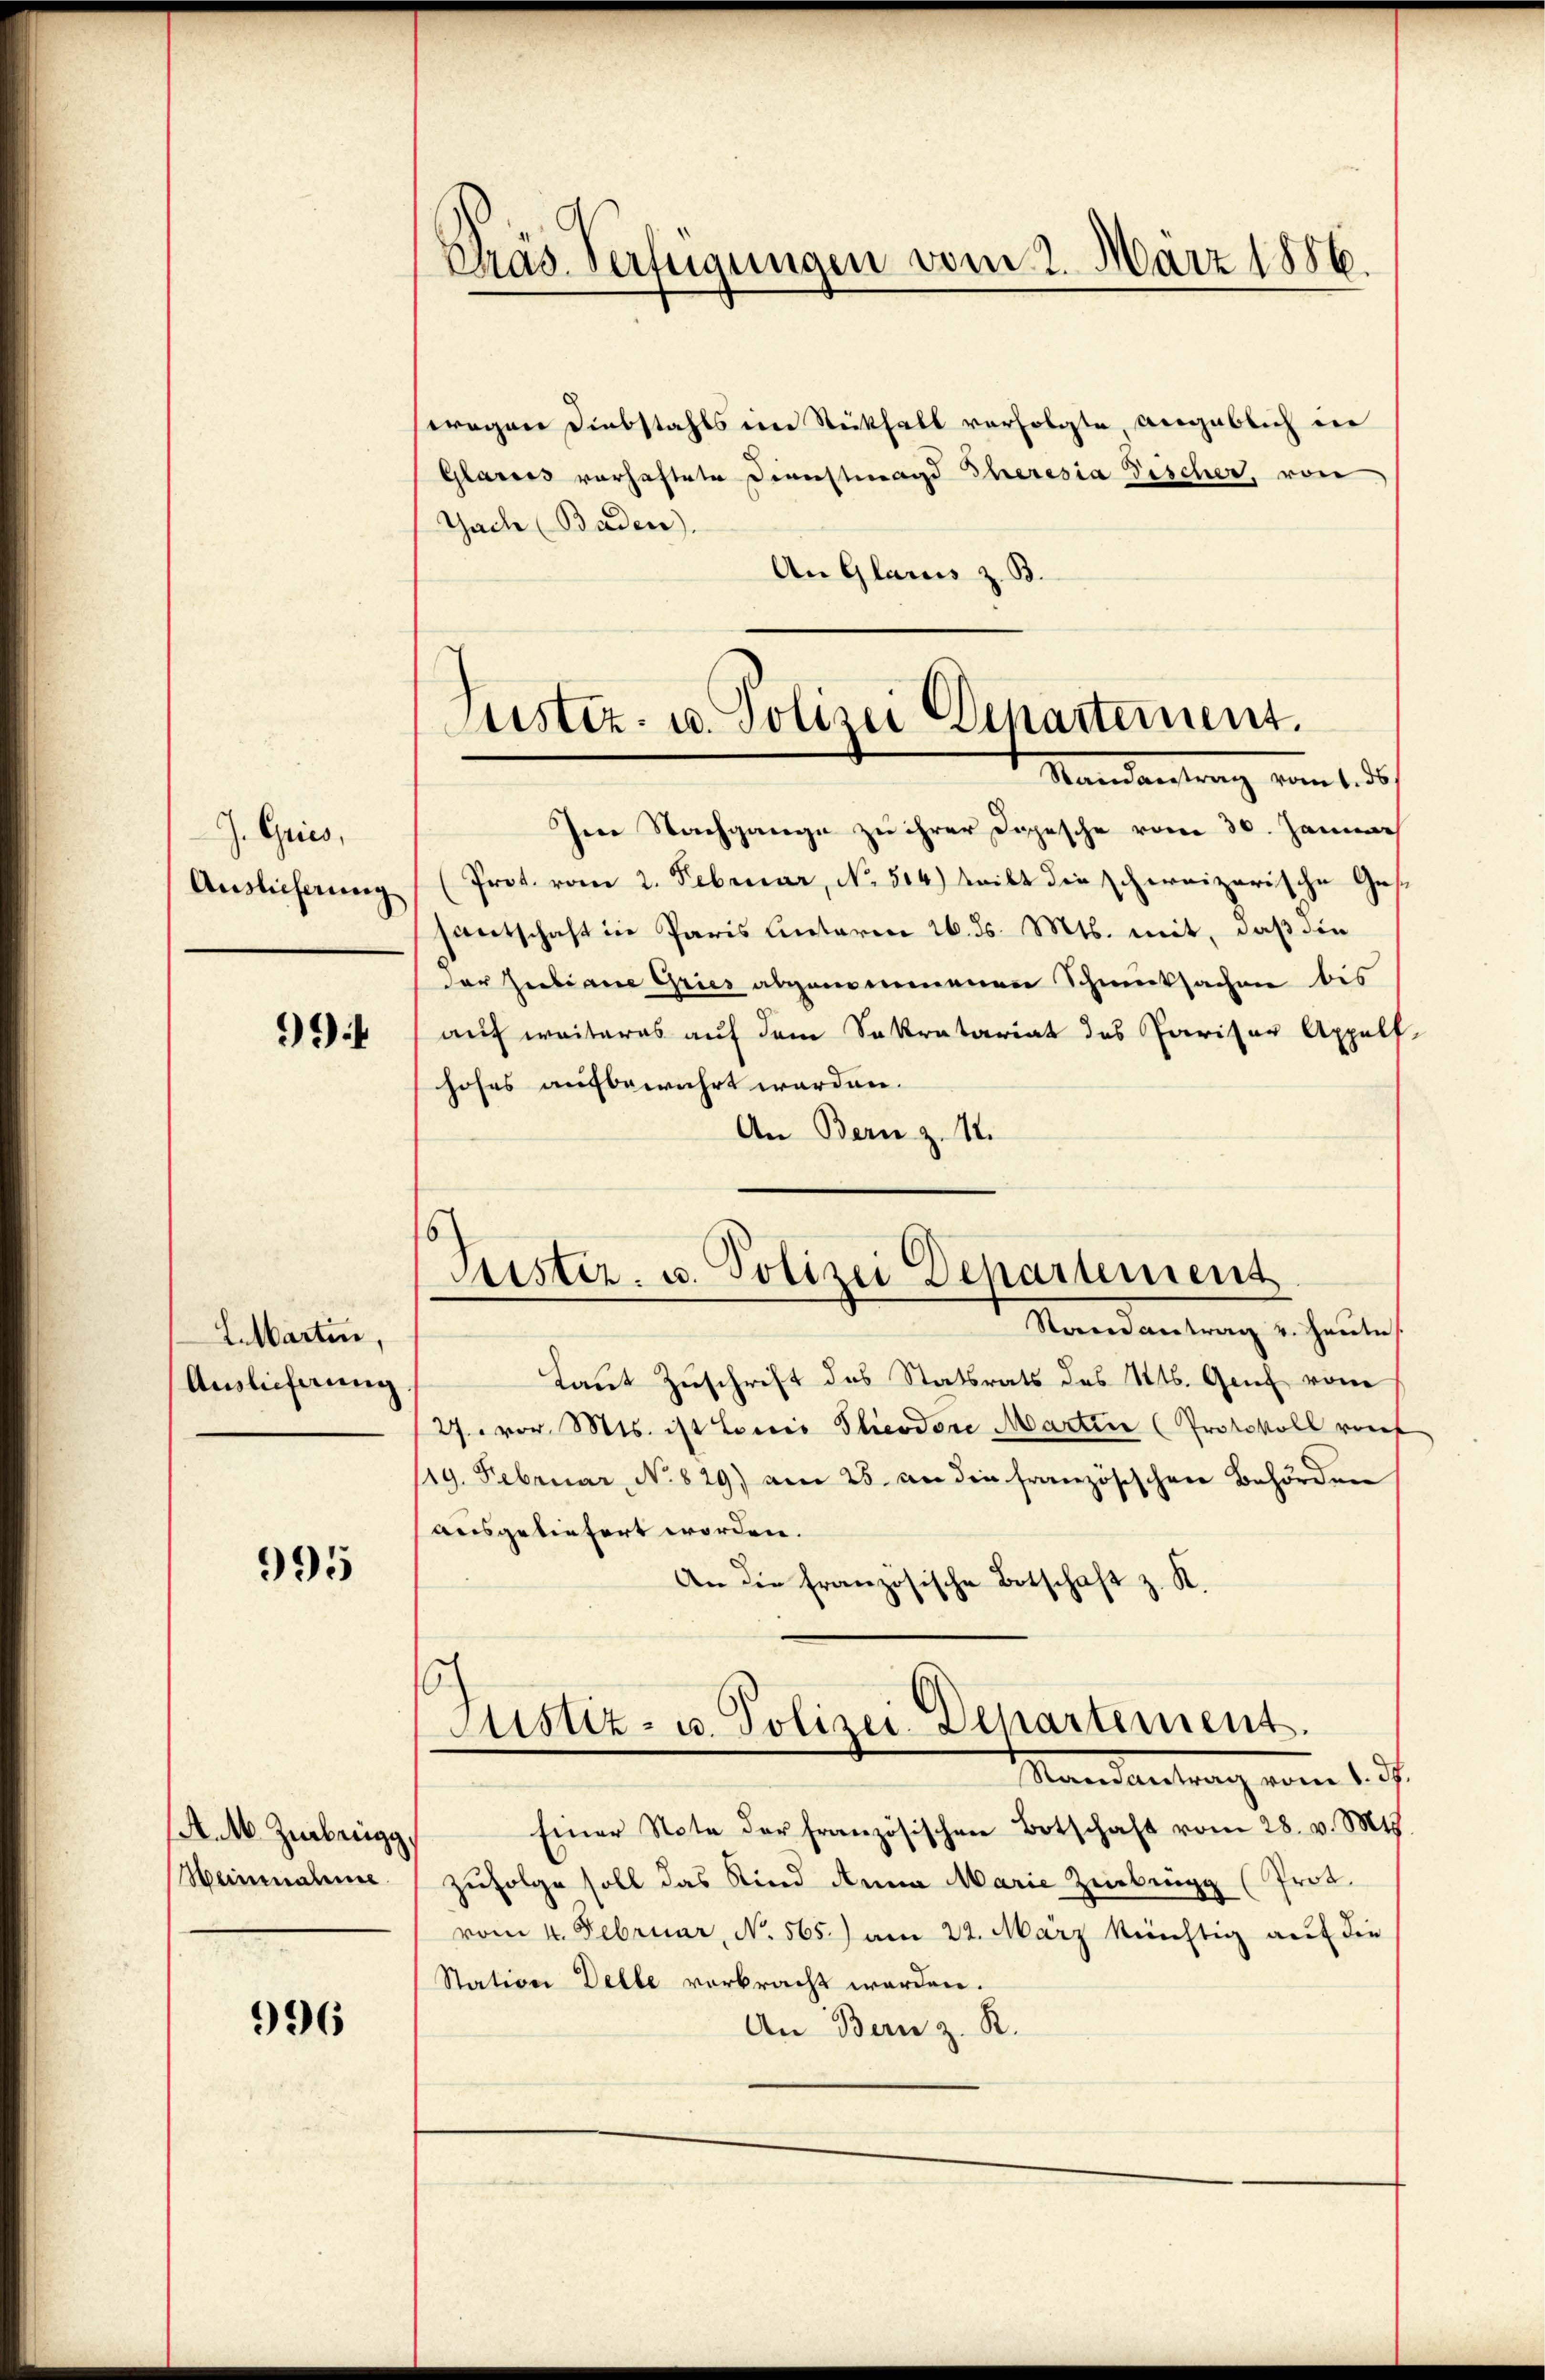
J. Gries,
Auslicherung

994

Larten,
Auslieferung

995

A.M. Zirbrugg,
Weinmanner

996

Pras Verfügungen vom 2. März 1886.

wegen Diebstahls in Stükhalt verfolgte angeblich in
Glarus vorhaftete Dienstmagd Eheresia Fischer, von
Tache Baden).
An Glarus z. B.
Im Nachgange zu ihrer Depesche vom 30. Januar
(Prot. vom 2. Februar, No. 514.) will die schweizerische Ges.
santschaft in Paris Unterm 26. ds. Mts. mit, daß die
der Gubiane Gries abgemeinenen Schmucksachen bis
auf weiteres auf dem Sekretariat des Pariser Appelf
hohes aufbewahrt worden.
An Bern z. 11.
Taut Zuschrift des Statsrats des St. Genf vom
27. vor. Mts. ist Louis Theodore Martin (Protokoll von
lg. Februar, No 829) am 25. an die französischen Behörden
ausgeliefert worden.
An die französische Botschaft z. K.
)
Justiz- u. Polizei-Departement.
Randantrag vom 13.
Einer Note der französischen Botschaft vom 28. v. Mts.
zufolge soll das Kind Anna Marie Zinbrügg (Prot.
vom 4. Februar, No. 565.) am 22. März künftig auf die
Station Delle verbracht werden.
An Bern z. R.

Justiz- u. Polizei Departement.
Namentrag vom 1. ds.

Puster u. Polizei Departement
Serendantrag v. Hartie